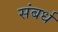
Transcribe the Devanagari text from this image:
संबर्ध